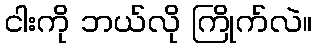
ငါးကို ဘယ်လို ကြိုက်လဲ။